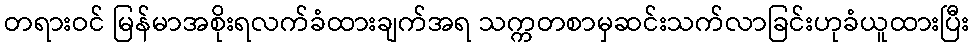
တရားဝင် မြန်မာအစိုးရလက်ခံထားချက်အရ သက္ကတစာမှဆင်းသက်လာခြင်းဟုခံယူထားပြီး